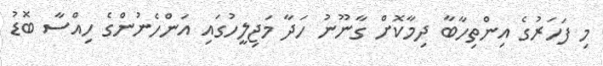
މި ފަހަރުގެ އިންތިހާބާ ދިމާކޮށް ގާނޫނު ހަދާ މަޖިލީހުގައި އަންހެނުންގެ ހިއްސާ ބޮޑު